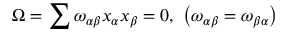
\Omega = \sum \omega _ { \alpha \beta } x _ { \alpha } x _ { \beta } = 0 , \ \left( \omega _ { \alpha \beta } = \omega _ { \beta \alpha } \right)